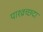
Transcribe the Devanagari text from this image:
पाश्व्रच्छदा